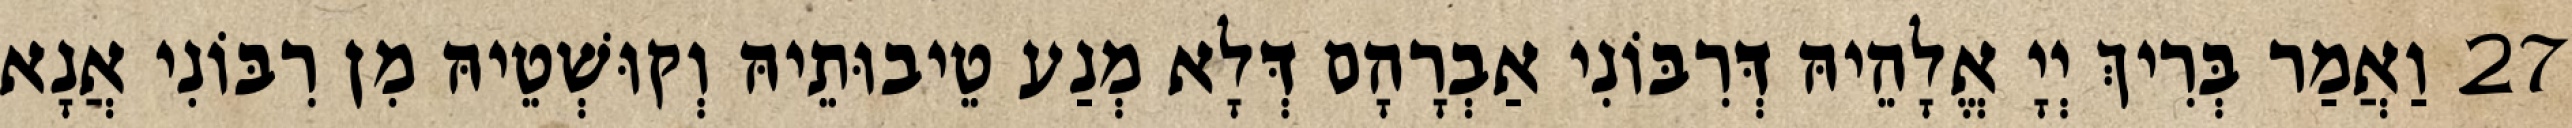
27 וַאֲמַר בְּרִיךְ יְיָ אֱלָהֵיהּ דְּרִבּוֹנִי אַבְרָהָם דְּלָא מְנַע טֵיבוּתֵיהּ וְקוּשְׁטֵיהּ מִן רִבּוֹנִי אֲנָא